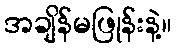
အချိန်မဖြုန်းနဲ့။